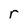
Character: r